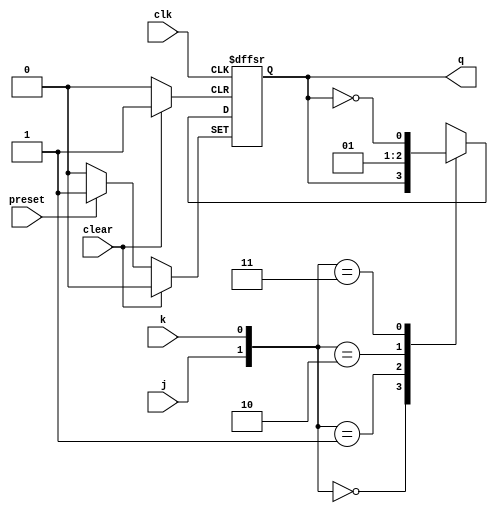
module flipflopjk(j, k, clk, q, preset, clear);
    input j, k, clk, preset, clear;
    output reg q;
    
    always @(posedge clk, posedge preset, posedge clear)
   	 begin
   		 if (clear == 1) begin
   			 q <= 0;
   		 end else if (preset == 1) begin
   			 q <= 1;
   		 end else begin
   			 case ({j, k})
   				 2'b00 : q <= q;
   				 2'b01 : q <= 0;
   				 2'b10: q <= 1;
   				 2'b11 : q <= ~q;
   			 endcase
   		 end
   	 end
endmodule